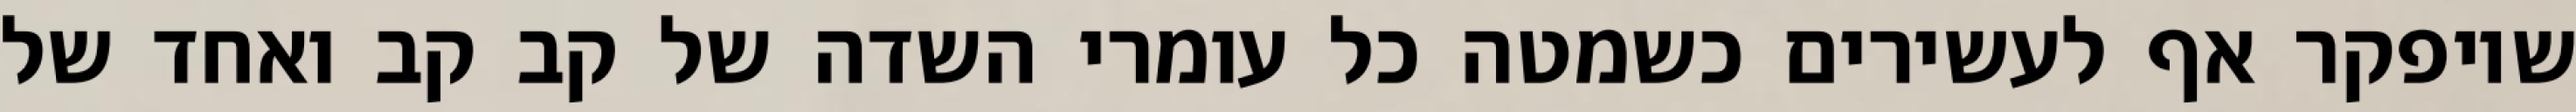
שיופקר אף לעשירים כשמטה כל עומרי השדה של קב קב ואחד של